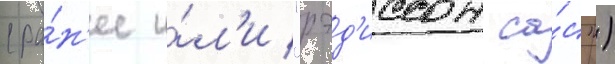
(ра́н'ее и́л'и "рэд'иссон са́с")